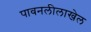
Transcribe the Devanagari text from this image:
पावनलीलाखेल